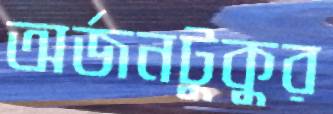
অর্জনটুকুর